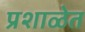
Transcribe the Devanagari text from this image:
प्रशाळेत